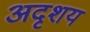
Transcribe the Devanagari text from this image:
अदृशय